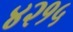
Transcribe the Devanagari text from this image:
४२१५